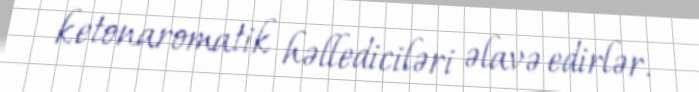
ketonaromatik həllediciləri əlavə edirlər.